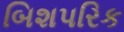
બિશપરિક